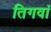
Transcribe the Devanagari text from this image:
तिगवां